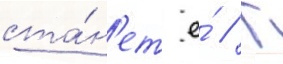
ста́н'ет е́ // Г